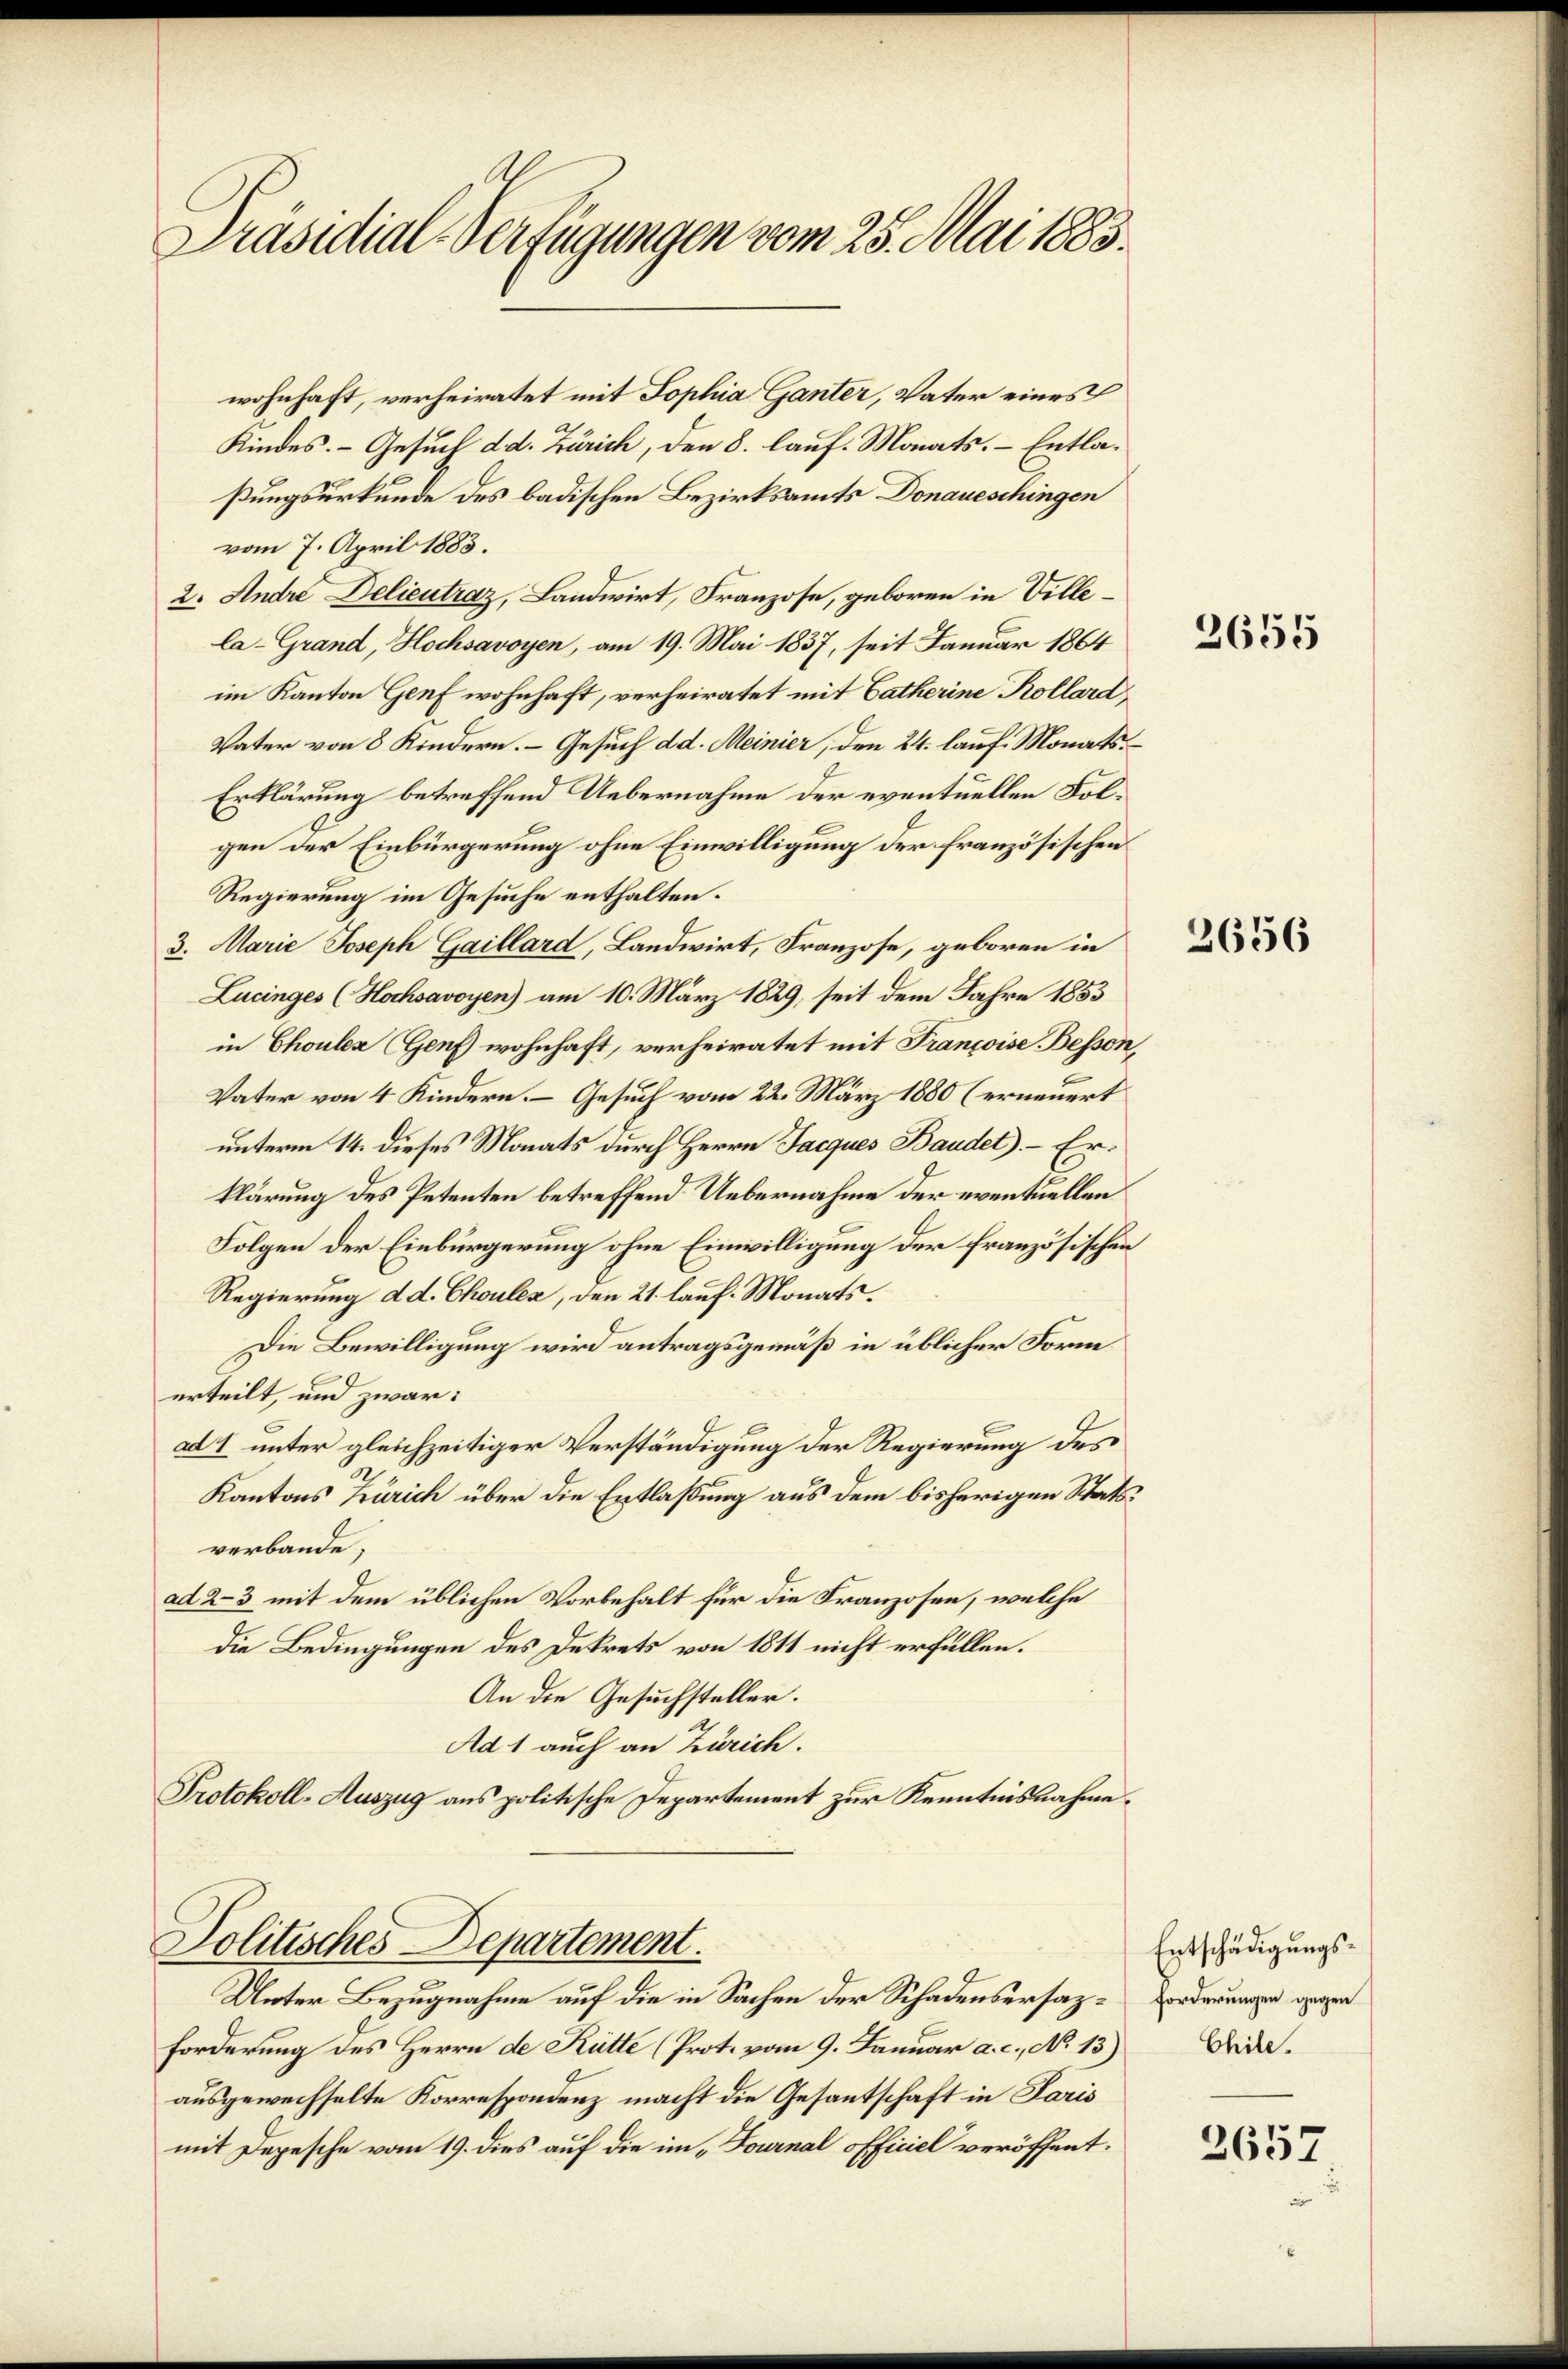
Präsidial-Verfügungen vom 25. Mai 1883.

wohnhaft, verheiratet mit Sophia Ganter, Vater eines
Kindes. - Gesuch d. d. Zürich, den 8. lauf. Monats. – Entlaßungsurkunde des badischen Bezirksamts Donaueschingen
vom 7. April 1883.
2. Andre Delieutraz, Landwirt, Franzose, geboren in Villela-Grand, Hochsavoyen, am 19. Mai 1837, seit Januar 1864
im Kanton Genf wohnhaft, verheiratet mit Catherine Kollard,
Vater von 8 Kindern. Gesuch d. d. Meinier, den 24. lauf Monats
Erklärung betreffend Uebernahme der eventuellen Folgen der Einbürgerung ohne Einwilligung der französischen
Regierung im Gesuche enthalten.
3. Marie Joseph Gaillard, Landwirt, Franzose, geboren in
Lucinges (Hochsavoyen) am 10. März 1829, seit dem Jahre 1853
in Chouler (Genf wohnhaft, verheiratet mit Françoise Bessen,
Vater von 4 Kindern. – Gesuch vom 22. März 1880 (erneuert
unterm 14. dieses Monats durch Herrn Jacques Baudel). – Erklärung des Petenten betreffend Uebernahme der eventuellen
Folgen der Einbürgerung ohne Einwilligung der französischen
Regierung d d. Choulex, den 21. lauf. Monats.
Die Bewilligung wird antragsgemäß in üblicher Form
erteilt, und zwar:
ad 4 unter gleichzeitiger Verständigung der Regierung des
Kantons Zürich über die Entlaßung aus dem bisherigen Statsverbande;
ad 2–3 mit dem üblichen Vorbehalt für die Franzosen, welche
die Bedingungen des Dekrets von 1811 nicht erfüllen.
An die Gesuchsteller.
Ad 1 auch an Zürich.
Protokoll-Auszug aus politische Departement zur Kenntnisnahme.

Politisches Departement.

Unter Bezugnahme auf die in Sachen der Schadensersaz¬
Forderung des Herrn de Rütte (Prot. vom 9. Januar a. c., No 13)
ausgewechselte Korrespondenz macht die Gesantschaft in Paris
mit Depesche vom 19. dies auf die im „Fournal officiel veröffent.

2655

2656

Entschädigungs¬
Forderungen gegen
Chile.

2657